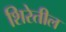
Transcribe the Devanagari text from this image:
शिरेतील